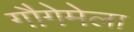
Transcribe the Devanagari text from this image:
गौगेमेला